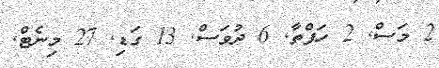
2 މަސް